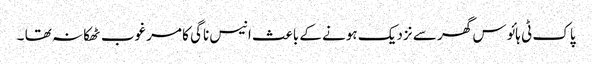
پاک ٹی ہائوس گھر سے نزدیک ہونے کے باعث انیس ناگی کا مرغوب ٹھکانہ تھا ۔